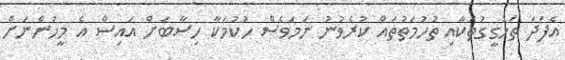
އެފަދަ ތަހުގީގުތަކާއި ތުހުމަތުތައް ކުރެވުނު ނަމަވެސް ހުކުމަކާ ހިސާބަށް އައިސް އެ މީހުންނަށް